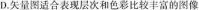
D.矢量图适合表现层次和色彩比较丰富的图像